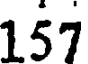
157